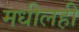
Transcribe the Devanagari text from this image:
मधीलही